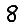
Digit: 8